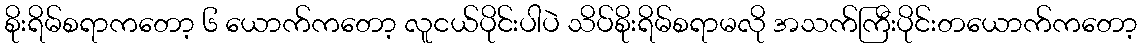
စိုးရိမ်စရာကတော့ ၆ ယောက်ကတော့ လူငယ်ပိုင်းပါပဲ သိပ်စိုးရိမ်စရာမလို အသက်ကြီးပိုင်းတယောက်ကတော့